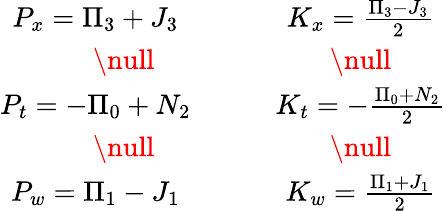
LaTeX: \begin{array}{cc}{{P_{x}=\Pi_{3}+J_{3}\qquad}}&{{K_{x}=\frac{\Pi_{3}-J_{3}}{2}}}\\ {{\null}}&{{\null}}\\ {{P_{t}=-\Pi_{0}+N_{2}\qquad}}&{{K_{t}=-\frac{\Pi_{0}+N_{2}}{2}}}\\ {{\null}}&{{\null}}\\ {{P_{w}=\Pi_{1}-J_{1}\qquad}}&{{K_{w}=\frac{\Pi_{1}+J_{1}}{2}}}\end{array}